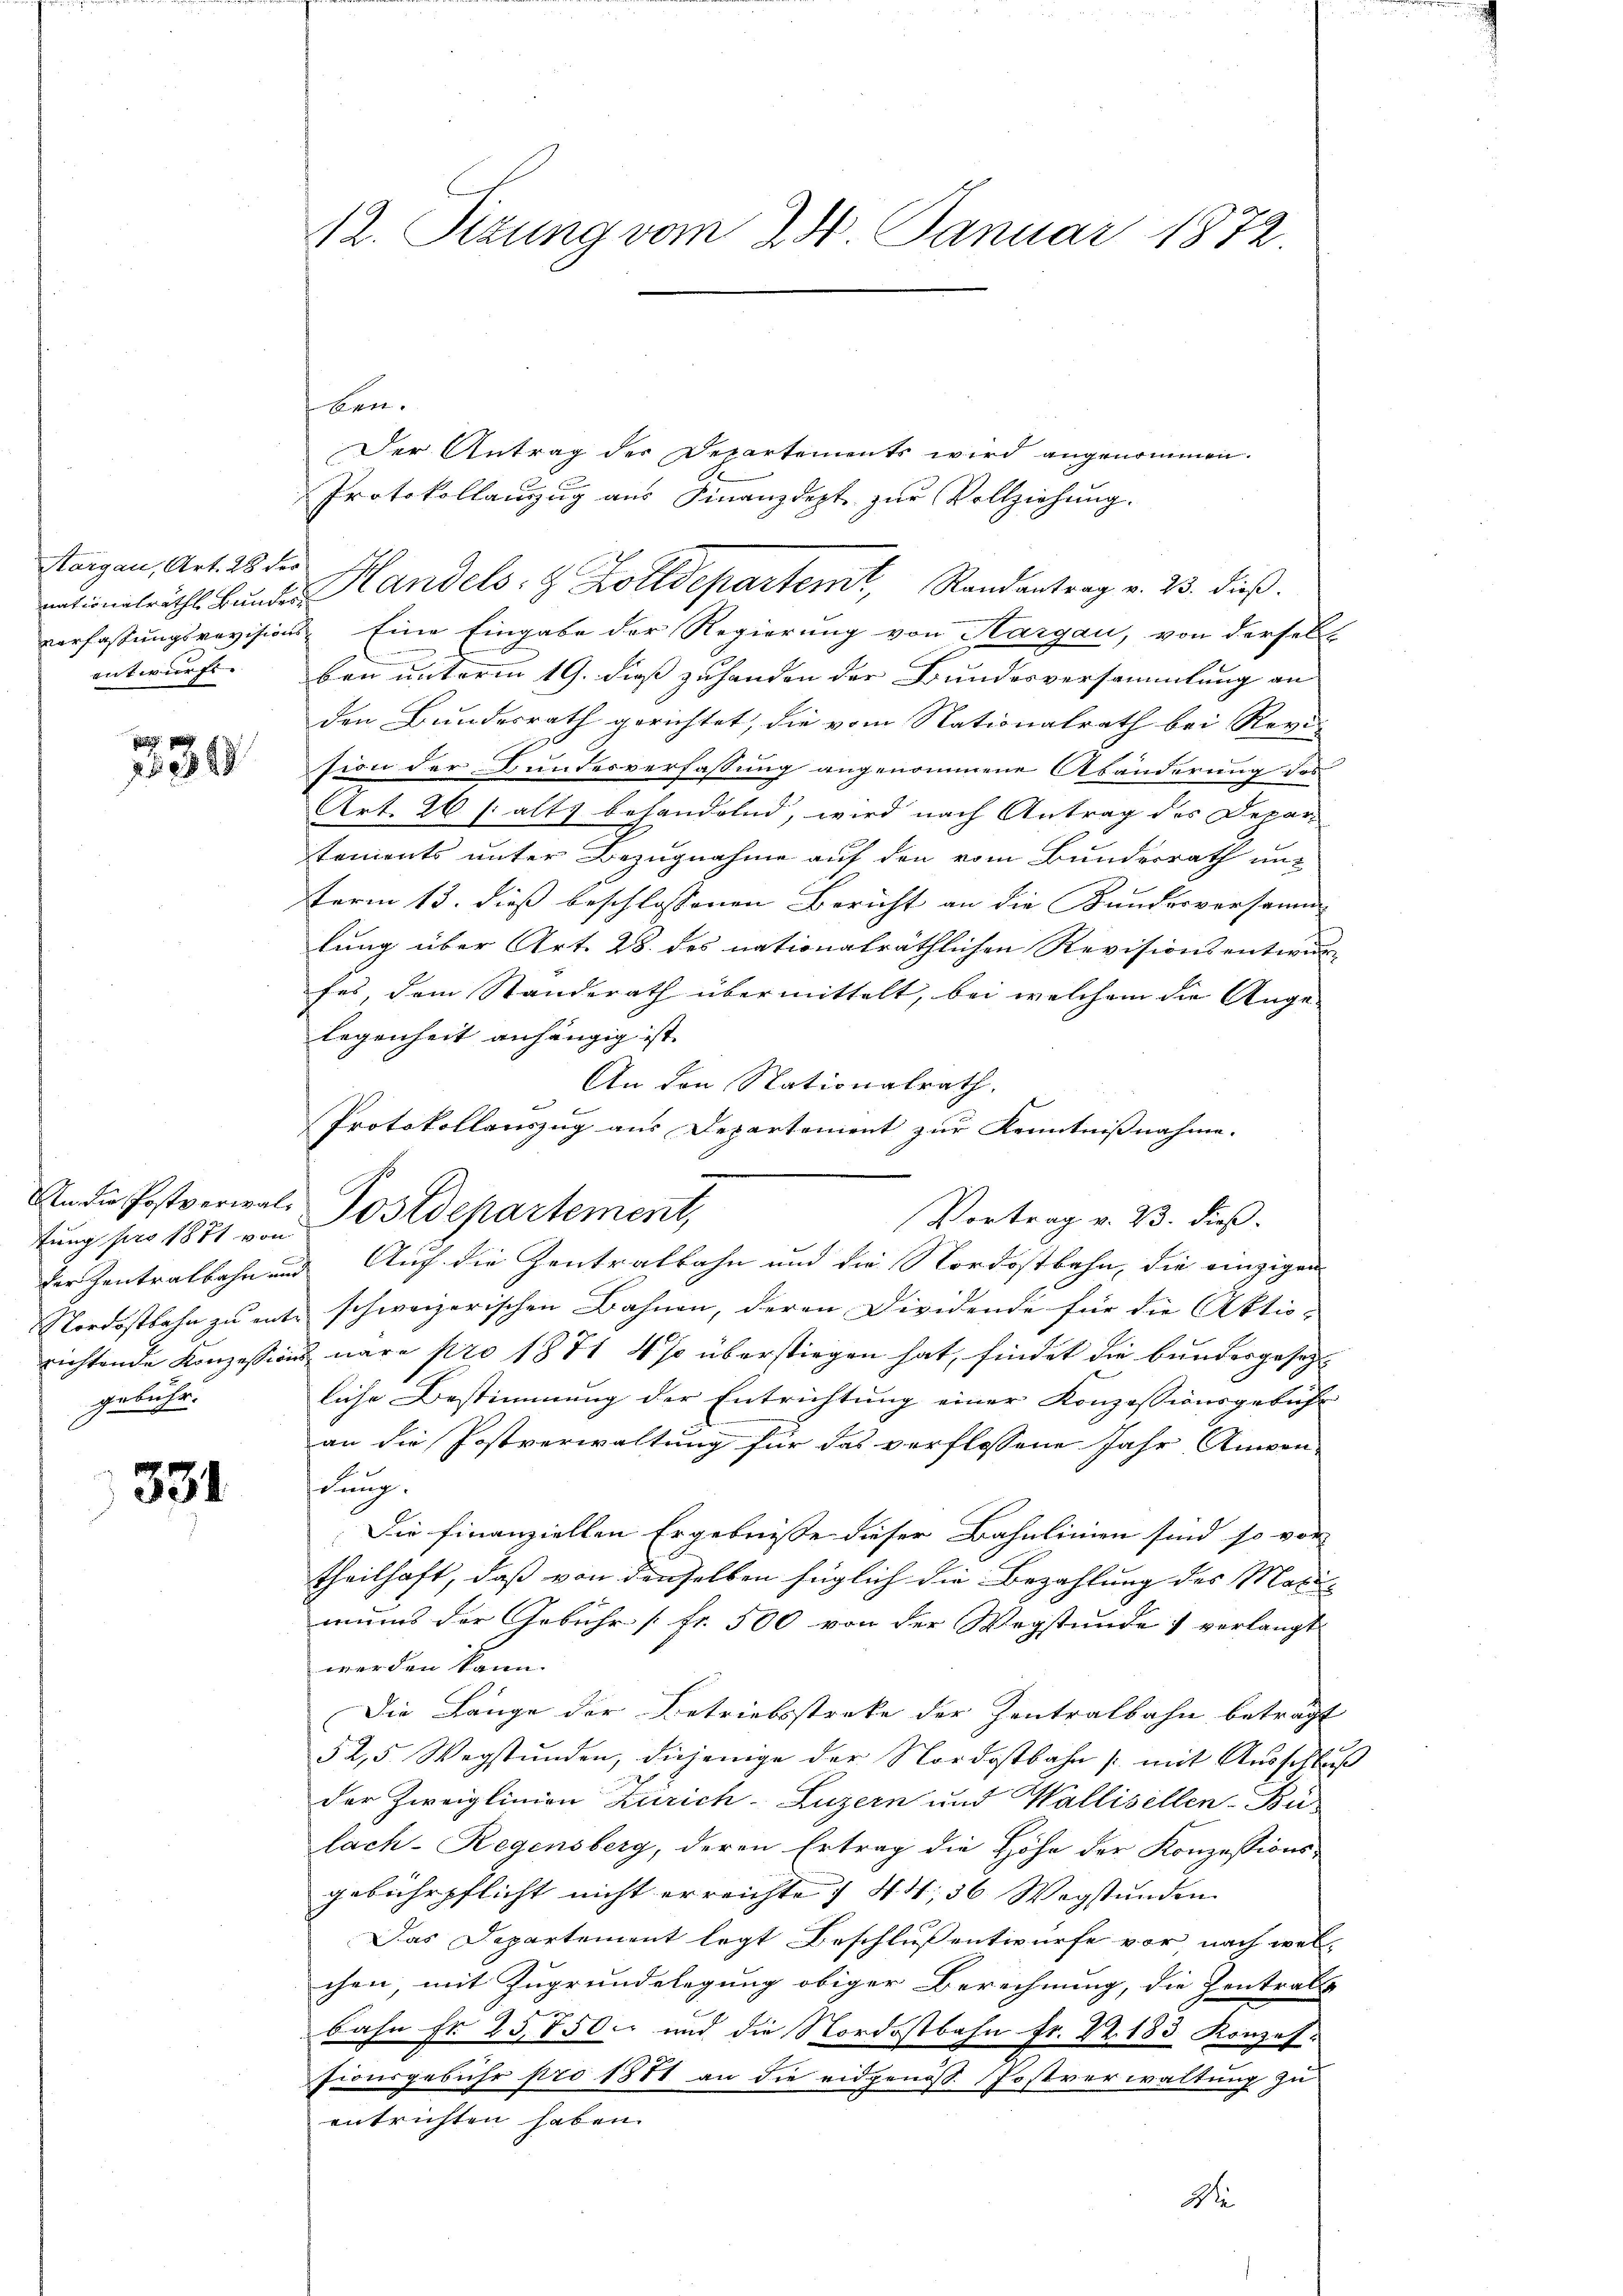
Kargau, Art. 28 der

.
134

An die Postverwalgebühr.

334.

12. Sitzung vom 24. Januar 1872.

ben.
Der Antrag des Departements wird angenommen.
Protokollanzug aus Finanzdept. zŭr Vollziehung.
nationalraths Bunde Handels- & Zolldepartemt, Randantrag v. 23. dieß.
verfaßungsrevisions- Eine Eingabe der Regierung von Hargau, von derselb
entwurfs. Den unterm 19. dieß zuhanden der Bundesversammlung an
den Bundesrath gerichtet, die vom Nationalrath bei Revi
sion der Bundesverfassung angenommene Abänderung des
Art. 26 (alts behandelnd, wird nach Antrag des Deparstements unter Bezugnahme auf den vom Bundesrath und
term 13. dieß beschlossenen Bericht an die Kundesversamm
lung über Art. 28. des nationalräthlichen Revisionsentwurfes, dem Standerath übermittelt, bei welchem die Ange-
legenheit anhängig ist.
An den Nationalrath.
Protokollauszug aus Departement zur Kenntnißnahme.
Vortrag v. 23. dieß.
tung pro 1871 von Postdepartement,
der Zentralbahn und Auch die Zentralbahn und die Nordostbahn, die einzigen
Nordostbahn zu ents schweizerischen Bahnen, deren Dividende für die Aktio-
richtende Konzessions wäre pro 1871 4 % überstiegen hat, findet die bundesgesetzt
liche Bestimmung der Entrichtung einer Konzessionsgebühr
an die Postverwaltung für das verflossene Jahr, Amvon-
dung.
Die Finanziellen Ergebnisse dieser Bahnlinien sind so vor
theilhaft, daß von denselben füglich die Bezahlung des Maximuns der Gebühr [Fr. 500 von der Wegstunde verlangt.
werden kann.
Die Lange der Betriebsstreke der Zentralbahn beträgt
52,5. Wegstunden, diejenige der Nordostbahn /: mit Ausschluß
der Zweiglinien Zürich–Luzern und Wallisellen-Bür
lach–Regensberg, deren Ertrag die Höhe der Konzessions-
gebührpflicht nicht erreichte) 44, 56 Wegstunden
Das Departement legt Beschluß entwurfe vor nach welchen, mit Zugrundelegung obiger Berechnung, die Zentrals
u
bahn fr 23,1500 und die Nordostbahn fr. 22. 183 Konzes.
Fionsgebühr pro 1881 an die eidgenöss. Postverwaltung zu
entrichten haben.
D